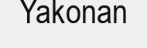
Yakonan